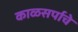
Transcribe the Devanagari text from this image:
काळसर्पाचे